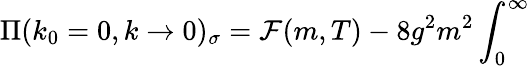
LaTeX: \Pi(k_{0}=0,k\to 0)_{\sigma}={\cal F}(m,T)-8g^{2}m^{2}\int_{0}^{\infty}